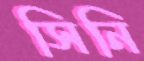
সিনি